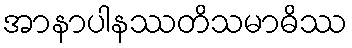
အာနာပါနဿတိသမာဓိဿ